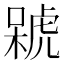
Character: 𣘫